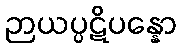
ဉာယပ္ပဋိပန္နော